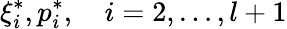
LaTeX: {\xi}_{i}^{\ast},{p}_{i}^{\ast},\quad i=2,\dots,l+1